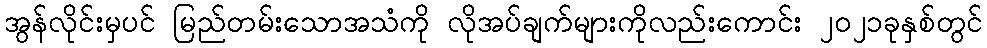
အွန်လိုင်းမှပင် မြည်တမ်းသောအသံကို လိုအပ်ချက်များကိုလည်းကောင်း ၂၀၂၁ခုနှစ်တွင်